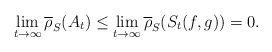
\begin{align*} \lim_{t \to \infty} \overline{\rho}_S(A_t) \leq \lim_{t \to \infty}\overline{\rho}_S(S_t(f,g)) = 0. \end{align*}